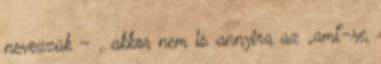
nevezzük – , akkor nem is annyira az „ami”-re,